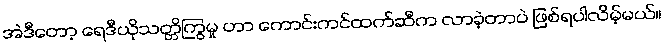
အဲဒီတော့ ရေဒီယိုသတ္တိကြွမှု ဟာ ကောင်းကင်ထက်ဆီက လာခဲ့တာပဲ ဖြစ်ရပါလိမ့်မယ်။